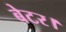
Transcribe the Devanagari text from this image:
बेटर।